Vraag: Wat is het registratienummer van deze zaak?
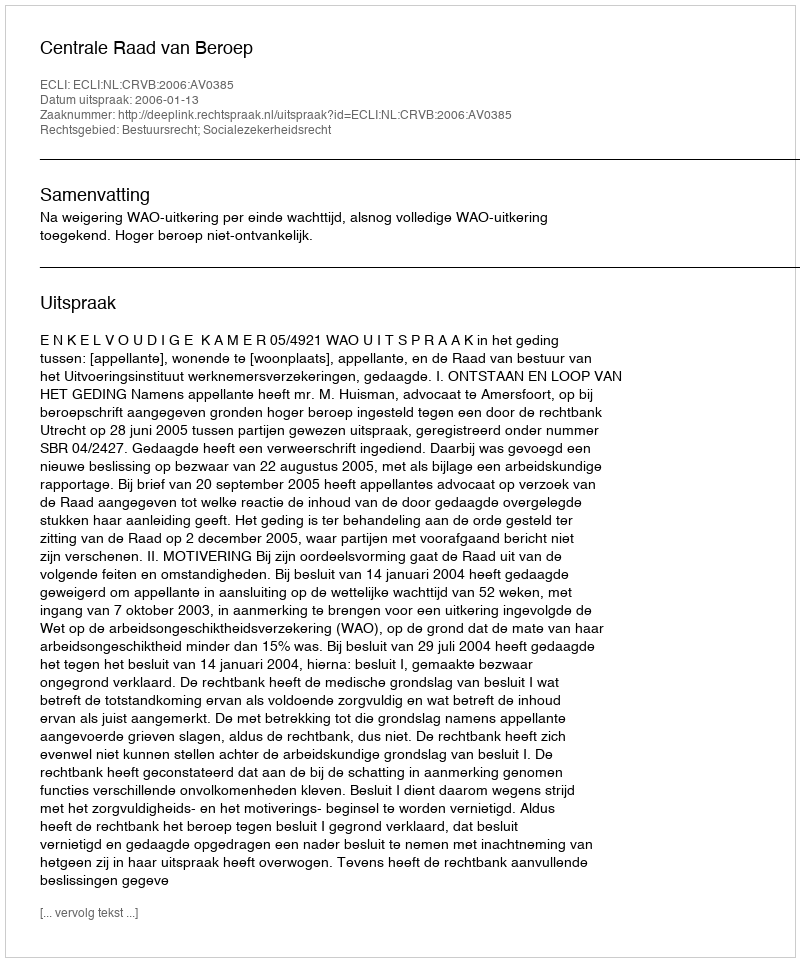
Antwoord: http://deeplink.rechtspraak.nl/uitspraak?id=ECLI:NL:CRVB:2006:AV0385